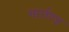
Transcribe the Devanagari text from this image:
मार्त्तण्ड